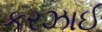
કરઝાઈ